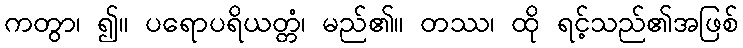
ကတွာ၊ ၍။ ပရောပရိယတ္တံ၊ မည်၏။ တဿ၊ ထို ရင့်သည်၏အဖြစ်